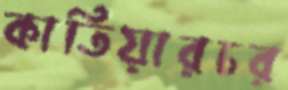
কাতিয়ারচর